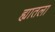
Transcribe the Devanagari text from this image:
ह्यातला